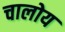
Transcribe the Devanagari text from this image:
चालोय